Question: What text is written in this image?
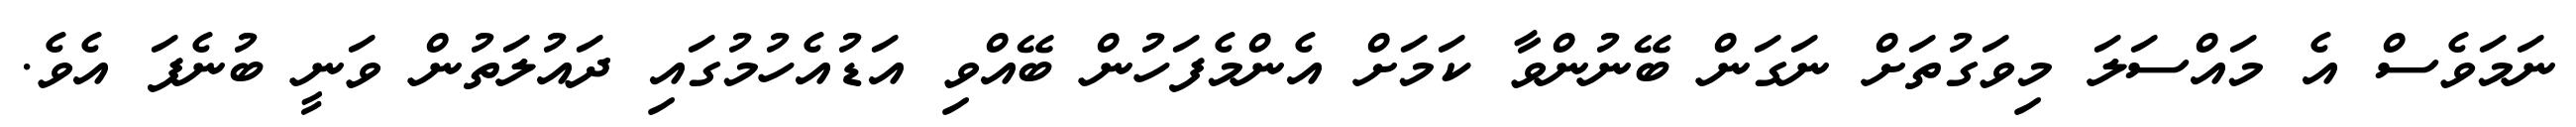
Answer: ނަމަވެސް އެ މައްސަލަ މިވަގުތަށް ނަގަން ބޭނުންވާ ކަމަށް އެންމެފަހުން ބޭއްވި އަޑުއެހުމުގައި ދައުލަތުން ވަނީ ބުނެފަ އެވެ.